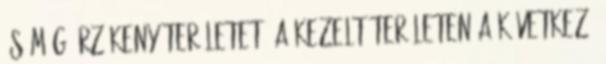
és még érzékeny területet. A kezelt területen a következő